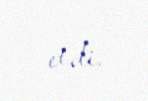
etdi.